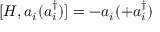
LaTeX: [ H , a _ { i } ( a _ { i } ^ { \dagger } ) ] = - a _ { i } ( + a _ { i } ^ { \dagger } )